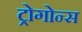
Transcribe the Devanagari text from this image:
ट्रोगोन्स